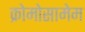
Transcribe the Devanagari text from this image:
क्रोमोसामेम